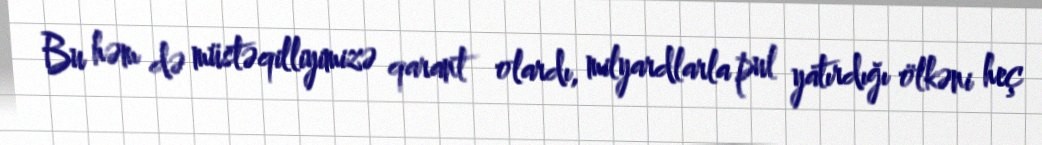
Bu həm də müstəqilliyimizə qarant olardı, milyardlarla pul yatırdığı ölkəni heç